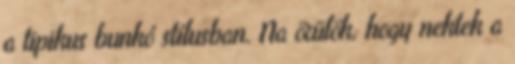
a tipikus bunkó stílusban. Na örülök, hogy nektek a